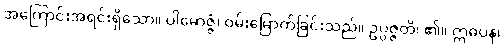
အကြောင်းအရင်းရှိသော။ ပါမောဇ္ဇံ၊ ဝမ်းမြောက်ခြင်းသည်။ ဥပ္ပဇ္ဇတိ၊ ၏။ ဣဓပန၊